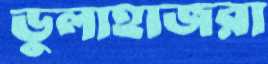
ডুলাহাজরা